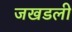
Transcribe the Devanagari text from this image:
जखडली